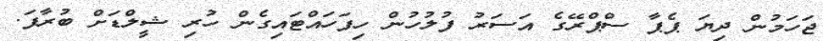
ޖަހަމުން ދިޔަ ޕެޕާ ސްޕްރޭގެ އަސަރު ފުލުހުން ހިފަހައްޓައިގެން ހުރި ޝީލްޑަށް ބުރާފަ.